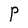
Character: P